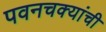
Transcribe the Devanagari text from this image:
पवनचक्यांची